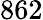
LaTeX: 862